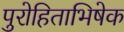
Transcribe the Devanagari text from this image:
पुरोहिताभिषेक